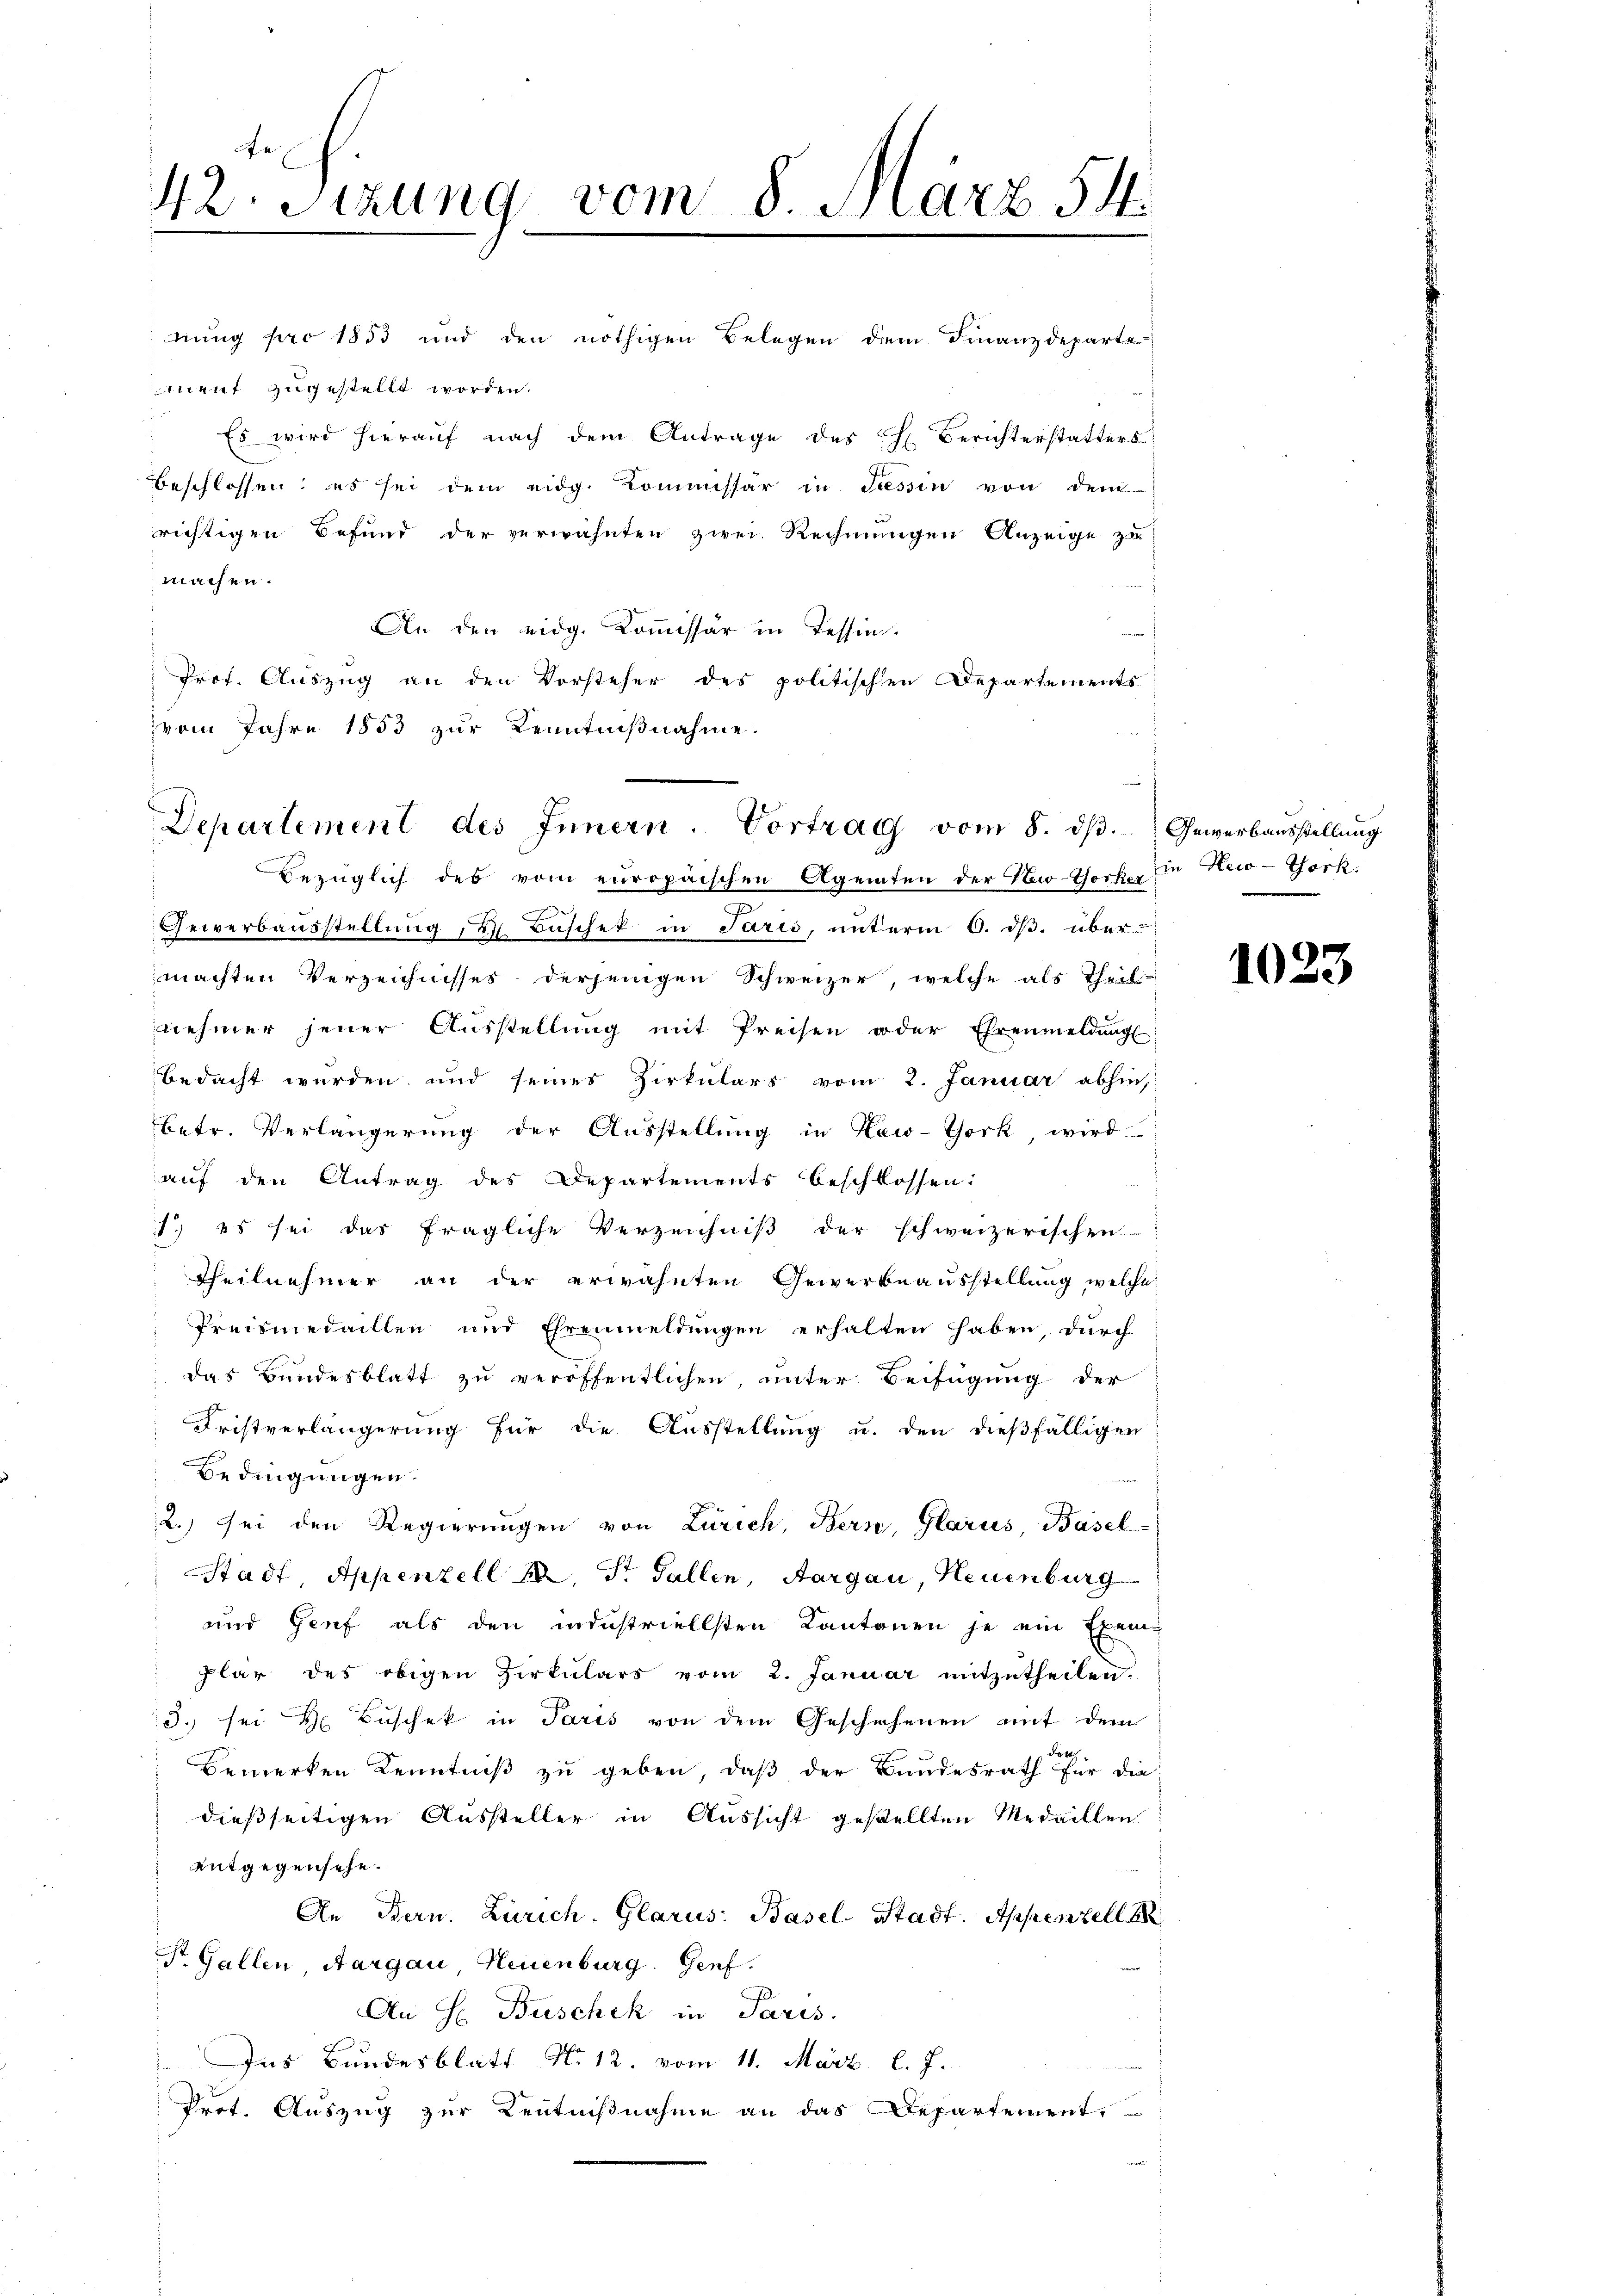
42. Sizung vom 8. März 54.

dung pro 1853 und den nöthigen Belegen dem Finanzdeparte
ment zugestellt worden.
Es wird hierauf nach dem Antrage des C. Berichterstatters
beschlossen; es sei dem eidg. Kommissär in Tessin von dem
richtigen Befund der verwähnten zwei Rechnungen Anzeige zu
machen.
An den eidg. Koṁissär in Tessin.
Prof. Auszug an den Vorsteher des politischen Departements
vom Jahre 1853 zur Kenntnißnahme.

Departement des Innern. Vortrag vom 8. dβ.
Bezüglich des vom europäischen Agenten der Neo-Thocker in New-York

Gewerbausstellung u Büschet in Paris, unterm 6. dβ. über-
machten Verzeichnisses derjenigen Schweizer, welche als Theil-
nehmer jener Aŭsstellŭng mit Preisen oder Ehrenmeldŭng
bedacht werden und seines Zirkulars vom 2. Januar abhin,
betr. Verlängerung der Ausstellung in New-York, wird
auf den Antrag des Departements beschlossen:
1.) es sei das fragliche Verzeichniß der schweizerischen
Theilnehmer an der erwähnten Gewerbeausstellung welche
Preismedaillen und Ehrenmeldungen erhalten haben, durch
das Bundesblatt zu veröffentlichen, unter Beifügung der
Fristverlängerung für die Ausstellung u. den dießfälligen
Bedingungen.
2.) sei den Regierungen von Zürich, Bern, Glarus Basel-
Stadt Appenzell M. St. Gallen, Aargau, Neuenburg
und Genf als den minstriellsten Kantonen je ein Exem
plar des obigen Zirkŭlars vom 2. Januar mitzŭtheilen.
3. sei H. Büschek in Paris von dem Geschehenen mit dem
dr
Bemerken Kenntniß zu geben, daß der Bundesrath für die
dießseitigen Aussteller in Aussicht gestellten Medaillen
entgegensehe.
An Bern. Zürich. Glarus: Basel-Stadt. Appenzell 18
Dr. Gallen, Aargau Neuenburg. Genf.
An H Buschek in Paris.
Ins Bundesblatt No 12. vom 11. März l. J.
Prot. Auszug zur Kenntnißnahme an das Departement,

Gewerbausstellung

1023